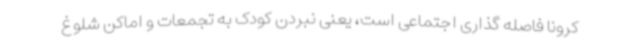
کرونا فاصله گذاری اجتماعی است، یعنی نبردن کودک به تجمعات و اماکن شلوغ